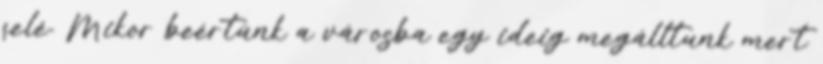
felé. Mikor beértünk a városba egy ideig megálltunk mert